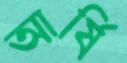
আর্ষি